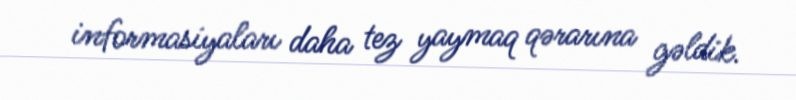
informasiyaları daha tez yaymaq qərarına gəldik.